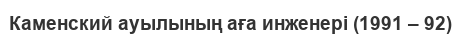
Каменский ауылының аға инженері (1991 – 92)